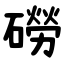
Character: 磱